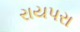
રાયપરા